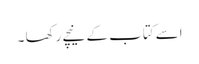
اسے کتاب کے نیچے رکھا ۔